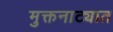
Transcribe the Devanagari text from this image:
मुक्तनाट्यात